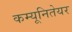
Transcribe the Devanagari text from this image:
कम्यूनितेयर